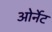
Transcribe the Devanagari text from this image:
ओर्नेट